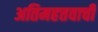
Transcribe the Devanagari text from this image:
अतिमहत्तवाची